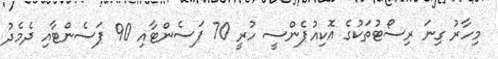
މިހާރު ގިނަ ރިސޯޓުތަކުގެ އޮކިއުޕެންސީ ހުރީ 70 ޕަސެންޓާއި 90 ޕަސެންޓާއި ދެމެދު